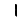
Digit: 1